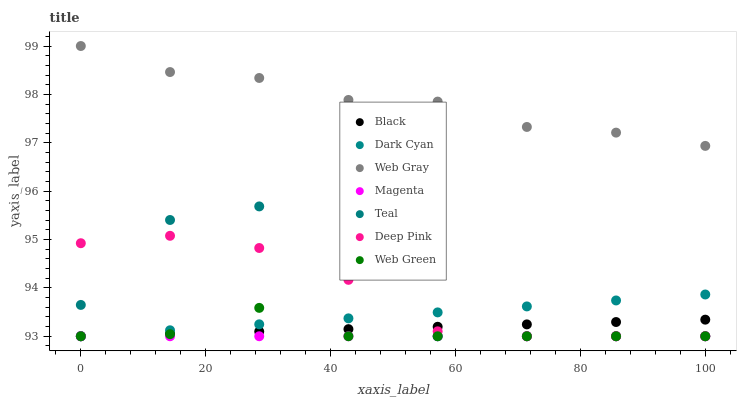
| xaxis_label | Black | Dark Cyan | Web Gray | Magenta | Teal | Deep Pink | Web Green |
 | --- | --- | --- | --- | --- | --- | --- | --- |
 | 0 | 93 | 93 | 99 | 93 | 93.6 | 94.9 | 93 |
 | 14.3 | 93 | 93.1 | 98.5 | 93 | 95.4 | 95.1 | 93 |
 | 28.6 | 93.1 | 93.2 | 98.3 | 93 | 95.7 | 94.8 | 93.6 |
 | 42.9 | 93.1 | 93.4 | 97.9 | 93 | 94.5 | 94.2 | 93 |
 | 57.1 | 93.2 | 93.5 | 97.9 | 93 | 93 | 93.1 | 93 |
 | 71.4 | 93.2 | 93.6 | 97.3 | 93 | 93 | 93 | 93 |
 | 85.7 | 93.3 | 93.7 | 97.2 | 93 | 93 | 93 | 93 |
 | 100 | 93.3 | 93.9 | 96.9 | 93 | 93 | 93 | 93 |